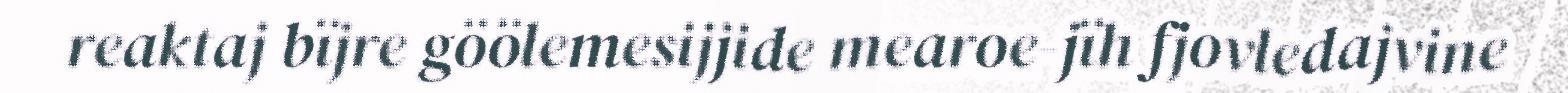
reaktaj bïjre göölemesijjide mearoe-jïh fjovledajvine